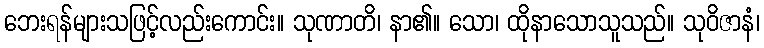
ဘေးရန်များသဖြင့်လည်းကောင်း။ သုဏာတိ၊ နာ၏။ သော၊ ထိုနာသောသူသည်။ သုဝိဇာနံ၊